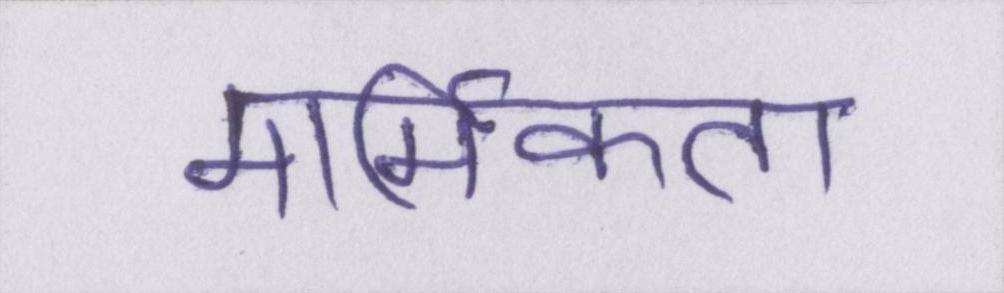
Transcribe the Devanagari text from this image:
मार्मिकता